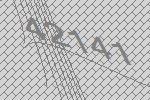
42141